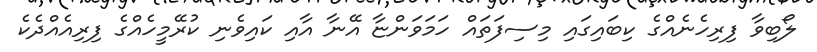
ލޯބިވާ ފިރިހެނެއްގެ ކިބައިގައި މިސިފަތައް ހަމަވަންޏާ އޭނާ އާއި ކައިވެނި ކުރޭމީހެއްގެ ފިރިއެއްދެކެ